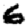
Digit: 6